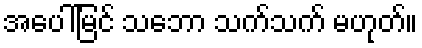
အပေါ်မြင် သဘော သက်သက် မဟုတ်။